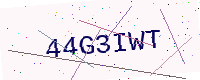
Text: 44G3IWT